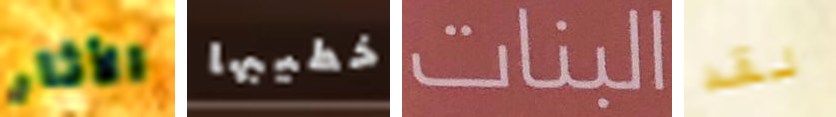
الأثار خطيبها البنات لقد